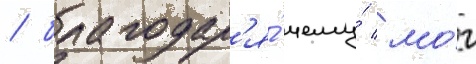
/ благодар'я́ чему́ мо́г